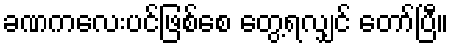
ခဏကလေးပင်ဖြစ်စေ တွေ့ရလျှင် တော်ပြီ။